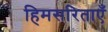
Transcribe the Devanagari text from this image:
हिमसरिताएँ